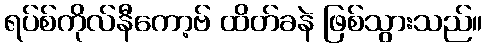
ရပ်စ်ကိုလ်နီကော့ဗ် ထိတ်ခနဲ ဖြစ်သွားသည်။